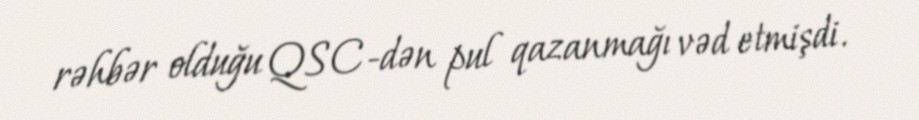
rəhbər olduğu QSC-dən pul qazanmağı vəd etmişdi.